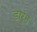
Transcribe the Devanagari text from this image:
डारन